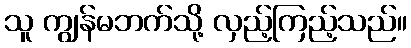
သူ ကျွန်မဘက်သို့ လှည့်ကြည့်သည်။